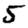
Digit: 5